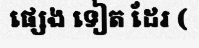
ផ្សេង ទៀត ដែរ (